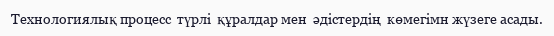
Технологиялық процесс  түрлі  құралдар мен  әдістердің  көмегімн жүзеге асады.